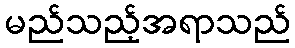
မည်သည့်အရာသည်